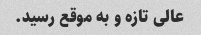
عالی تازه و به موقع رسید.